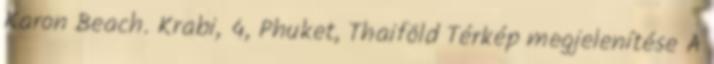
Karon Beach. Krabi, 4, Phuket, Thaiföld Térkép megjelenítése A